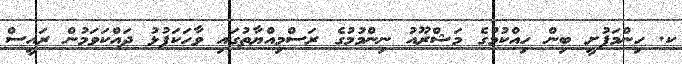
ކ. ހިންމަފުށީ ބިން ހިއްކުމުގެ މަޝްރޫއު ނިންމުމުގެ ރަސްމިއްޔާތުގައި ވާހަކަފުޅު ދައްކަވަމުން ރައީސް